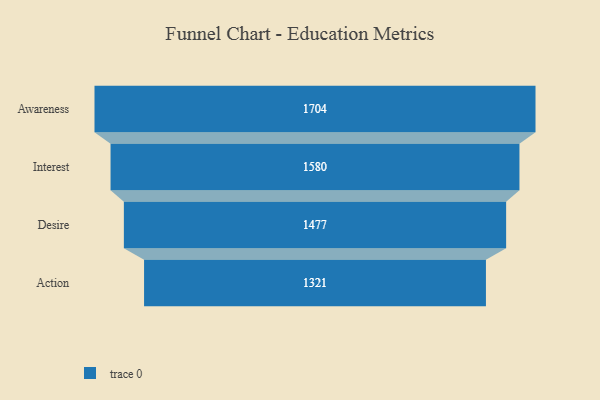
{"axis": {"x": "Stage", "y": "Value"}, "legend": [""], "data": [{"x": "Awareness", "y": 1704.0, "type": ""}, {"x": "Interest", "y": 1580.0, "type": ""}, {"x": "Desire", "y": 1477.0, "type": ""}, {"x": "Action", "y": 1321.0, "type": ""}]}